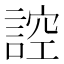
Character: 𮘜